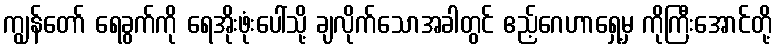
ကျွန်တော် ရေခွက်ကို ရေအိုးဖုံးပေါ်သို့ ချလိုက်သောအခါတွင် ဧည့်ဂေဟာရှေ့မှ ကိုကြီးအောင်တို့